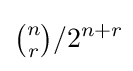
{\tbinom {n}{r}}/2^{n+r}\!